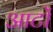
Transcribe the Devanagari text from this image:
आटों